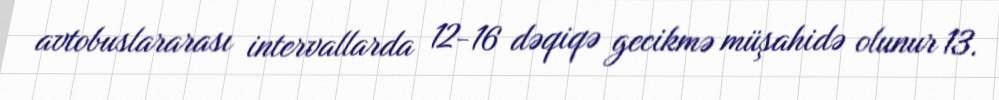
avtobuslararası intervallarda 12-16 dəqiqə gecikmə müşahidə olunur 13.